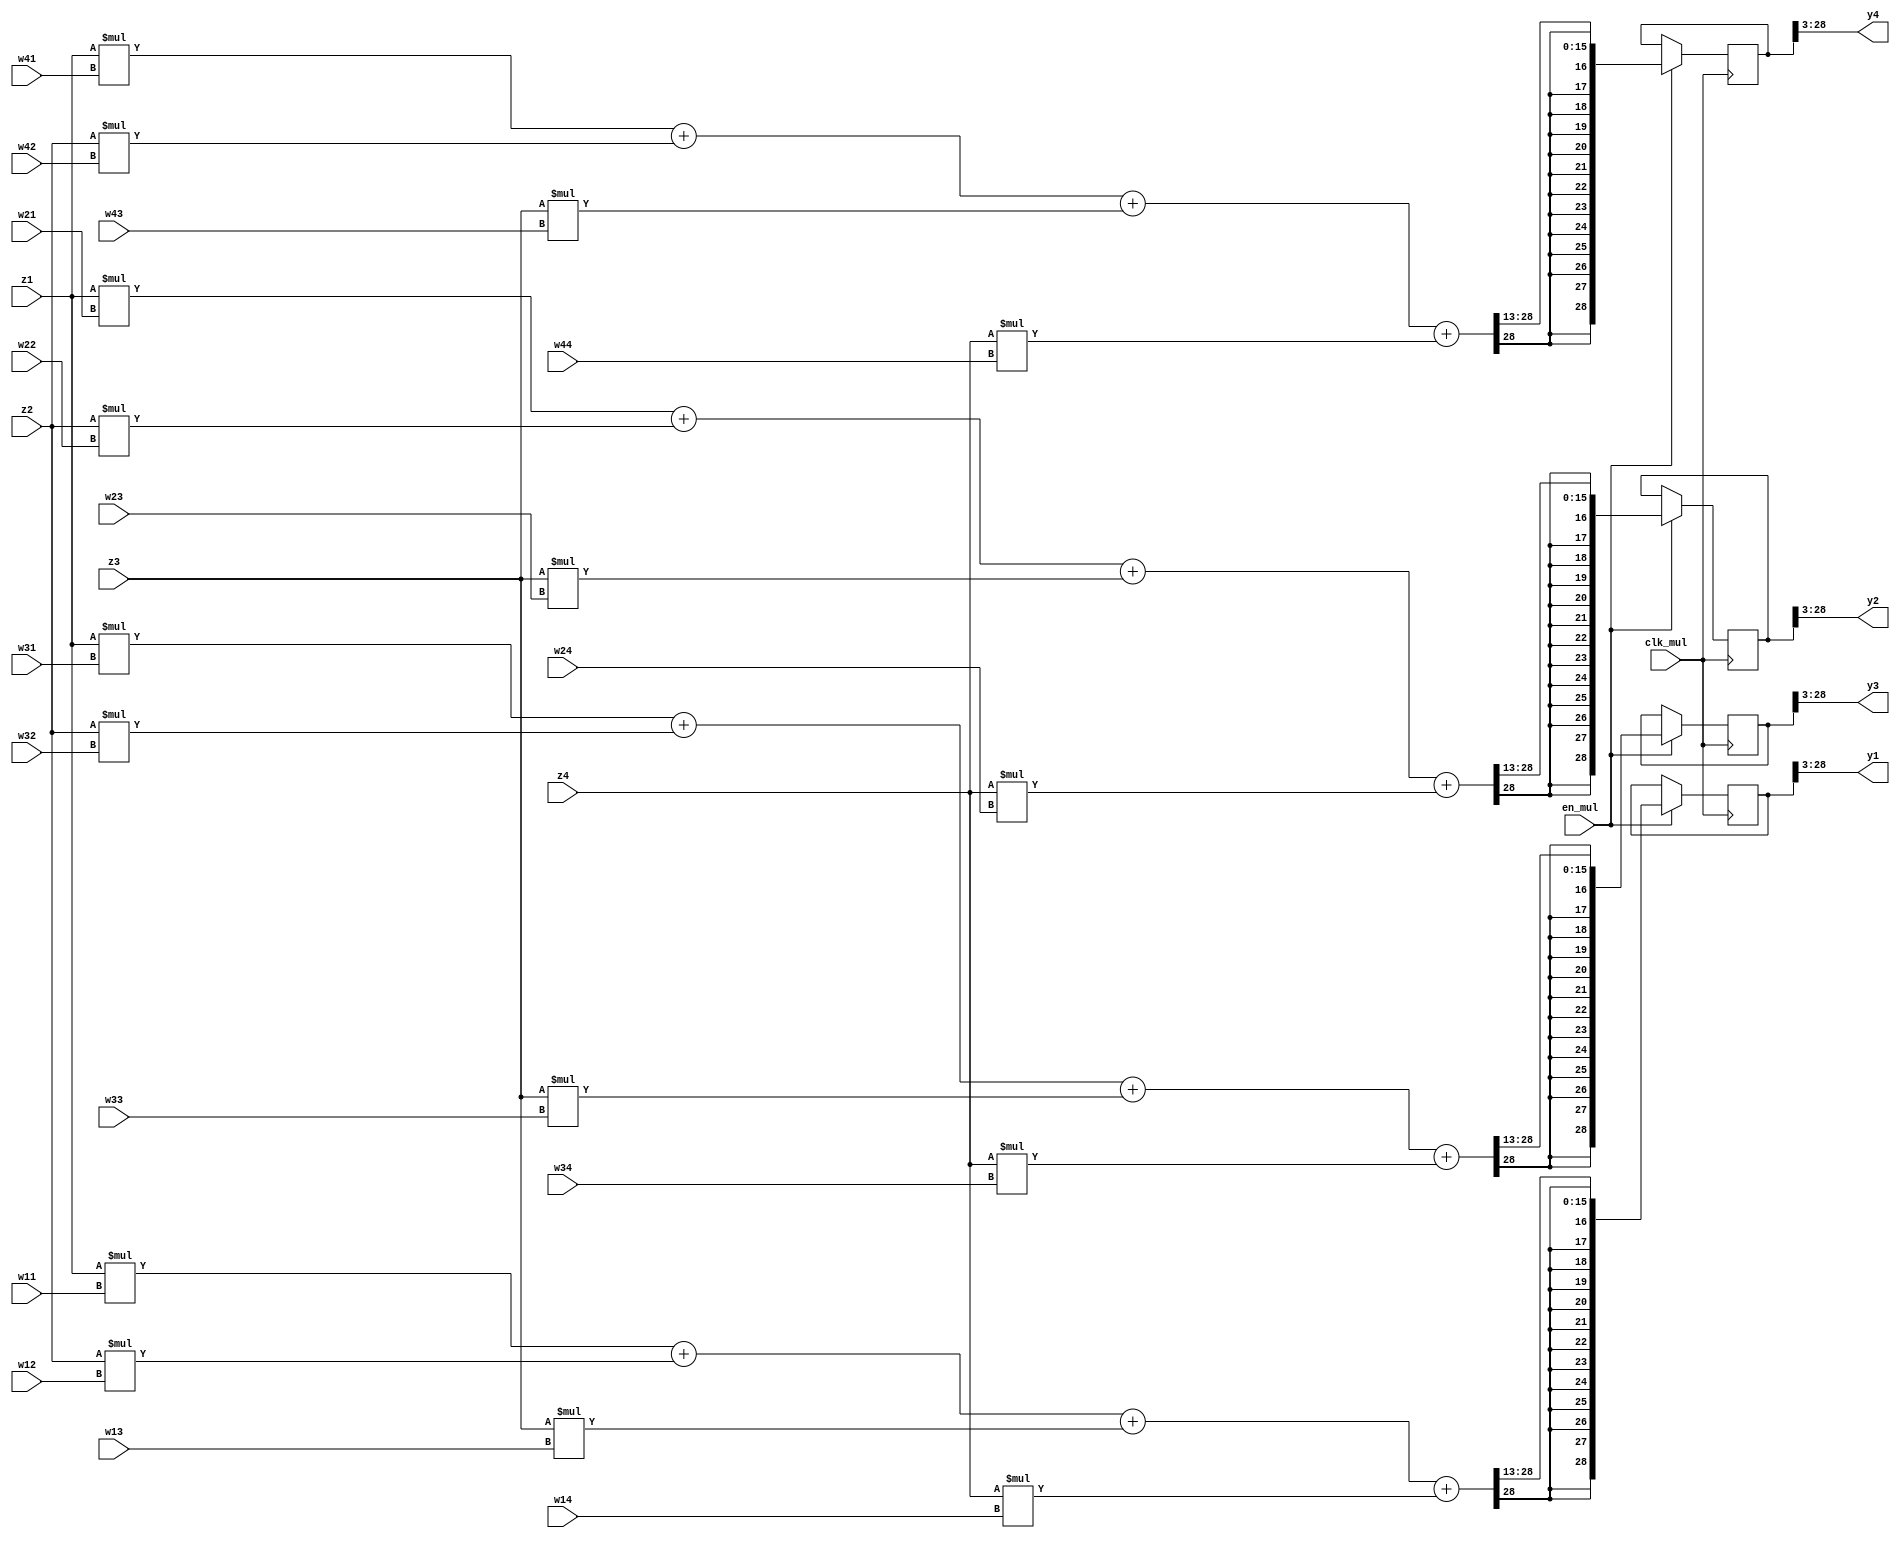
module FASTICA_MUL1 (
    input clk_mul,
    input en_mul,

    input signed [25:0] w11, w12, w13, w14,
    input signed [25:0] w21, w22, w23, w24,
    input signed [25:0] w31, w32, w33, w34,
    input signed [25:0] w41, w42, w43, w44,

    input signed [25:0] z1, z2, z3, z4,

    output signed [25:0] y1, y2, y3, y4
);

reg signed [28:0] y1_reg, y2_reg, y3_reg, y4_reg;

assign y1 = y1_reg[28:3];
assign y2 = y2_reg[28:3];
assign y3 = y3_reg[28:3];
assign y4 = y4_reg[28:3];

always @(posedge clk_mul) begin
    if (en_mul) begin
        y1_reg <= (z1 * w11 + z2 * w12 + z3 * w13 + z4 * w14) >>> 13;
        y2_reg <= (z1 * w21 + z2 * w22 + z3 * w23 + z4 * w24) >>> 13;
        y3_reg <= (z1 * w31 + z2 * w32 + z3 * w33 + z4 * w34) >>> 13;
        y4_reg <= (z1 * w41 + z2 * w42 + z3 * w43 + z4 * w44) >>> 13;
    end
end
    
endmodule